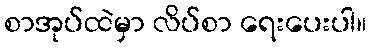
စာအုပ်ထဲမှာ လိပ်စာ ရေးပေးပါ။